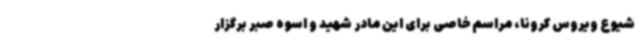
شیوع ویروس کرونا، مراسم خاصی برای این مادر شهید و اسوه صبر برگزار